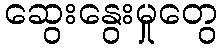
ဆွေးနွေးမှုတွေ